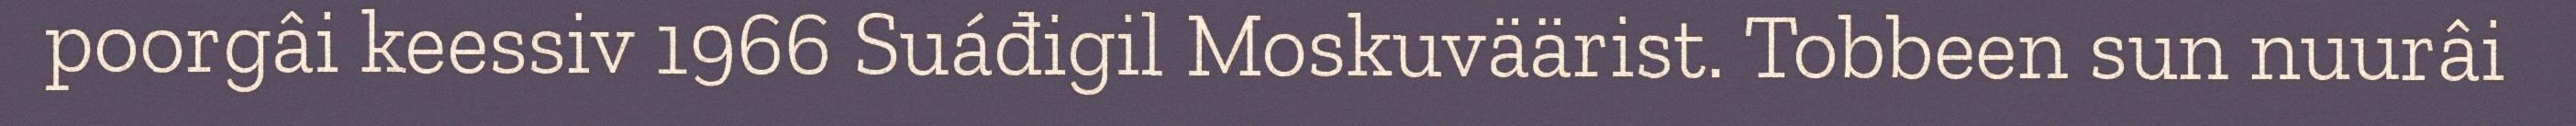
poorgâi keessiv 1966 Suáđigil Moskuväärist. Tobbeen sun nuurâi